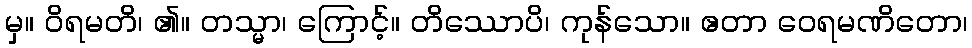
မှ။ ဝိရမတိ၊ ၏။ တသ္မာ၊ ကြောင့်။ တိဿောပိ၊ ကုန်သော။ ဧတာ ဝေရမဏိတော၊